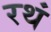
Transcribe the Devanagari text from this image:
रथं